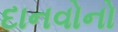
દાનવોનો